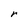
Character: r